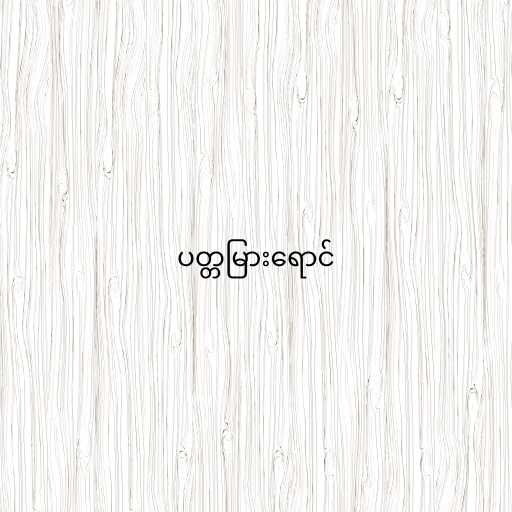
ပတ္တမြားရောင်